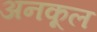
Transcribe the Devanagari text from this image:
अनकूल